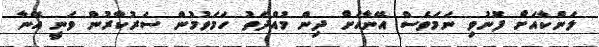
ލަންކާއަށް ފޮނުވި ނަމަވެސް އޭނާއަށް ދިން މުއްދަތު ހަމަވުމުން ސަރުކާރުން ވަނީ އޭނާ